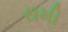
રામી